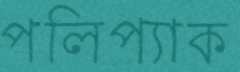
পলিপ্যাক